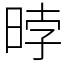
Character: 㫲